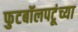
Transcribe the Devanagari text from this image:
फुटबॉलपटूंच्या